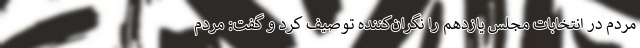
مردم در انتخابات مجلس یازدهم را نگران‌کننده توصیف کرد و گفت: مردم